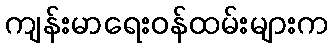
ကျန်းမာရေးဝန်ထမ်းများက